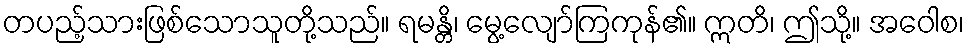
တပည့်သားဖြစ်သောသူတို့သည်။ ရမန္တိ၊ မွေ့လျော်ကြကုန်၏။ ဣတိ၊ ဤသို့။ အဝေါစ၊